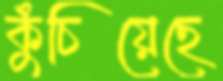
কুঁচিয়েছে